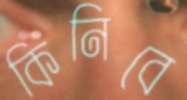
কিনিবে